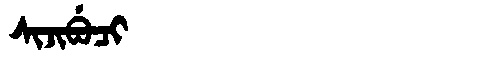
Manchu: ᠰᡳᠵᡳᠪᡠᠴᡳ
Romanization: SIJIBUCI